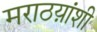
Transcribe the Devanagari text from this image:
मराठय़ांशी